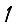
Digit: 1